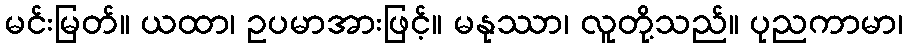
မင်းမြတ်။ ယထာ၊ ဥပမာအားဖြင့်။ မနုဿာ၊ လူတို့သည်။ ပုညကာမာ၊